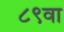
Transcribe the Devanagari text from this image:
८९वा